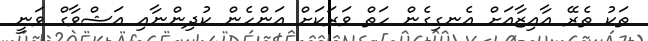
ތަކު ތެރޭ އާއިޒާއަށް އެނގިގެން ހަތް ވަރަކަށް އަންހެން ކުދިންނާއި އަޝްވާގް ވަނީ